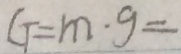
G = m \cdot g =